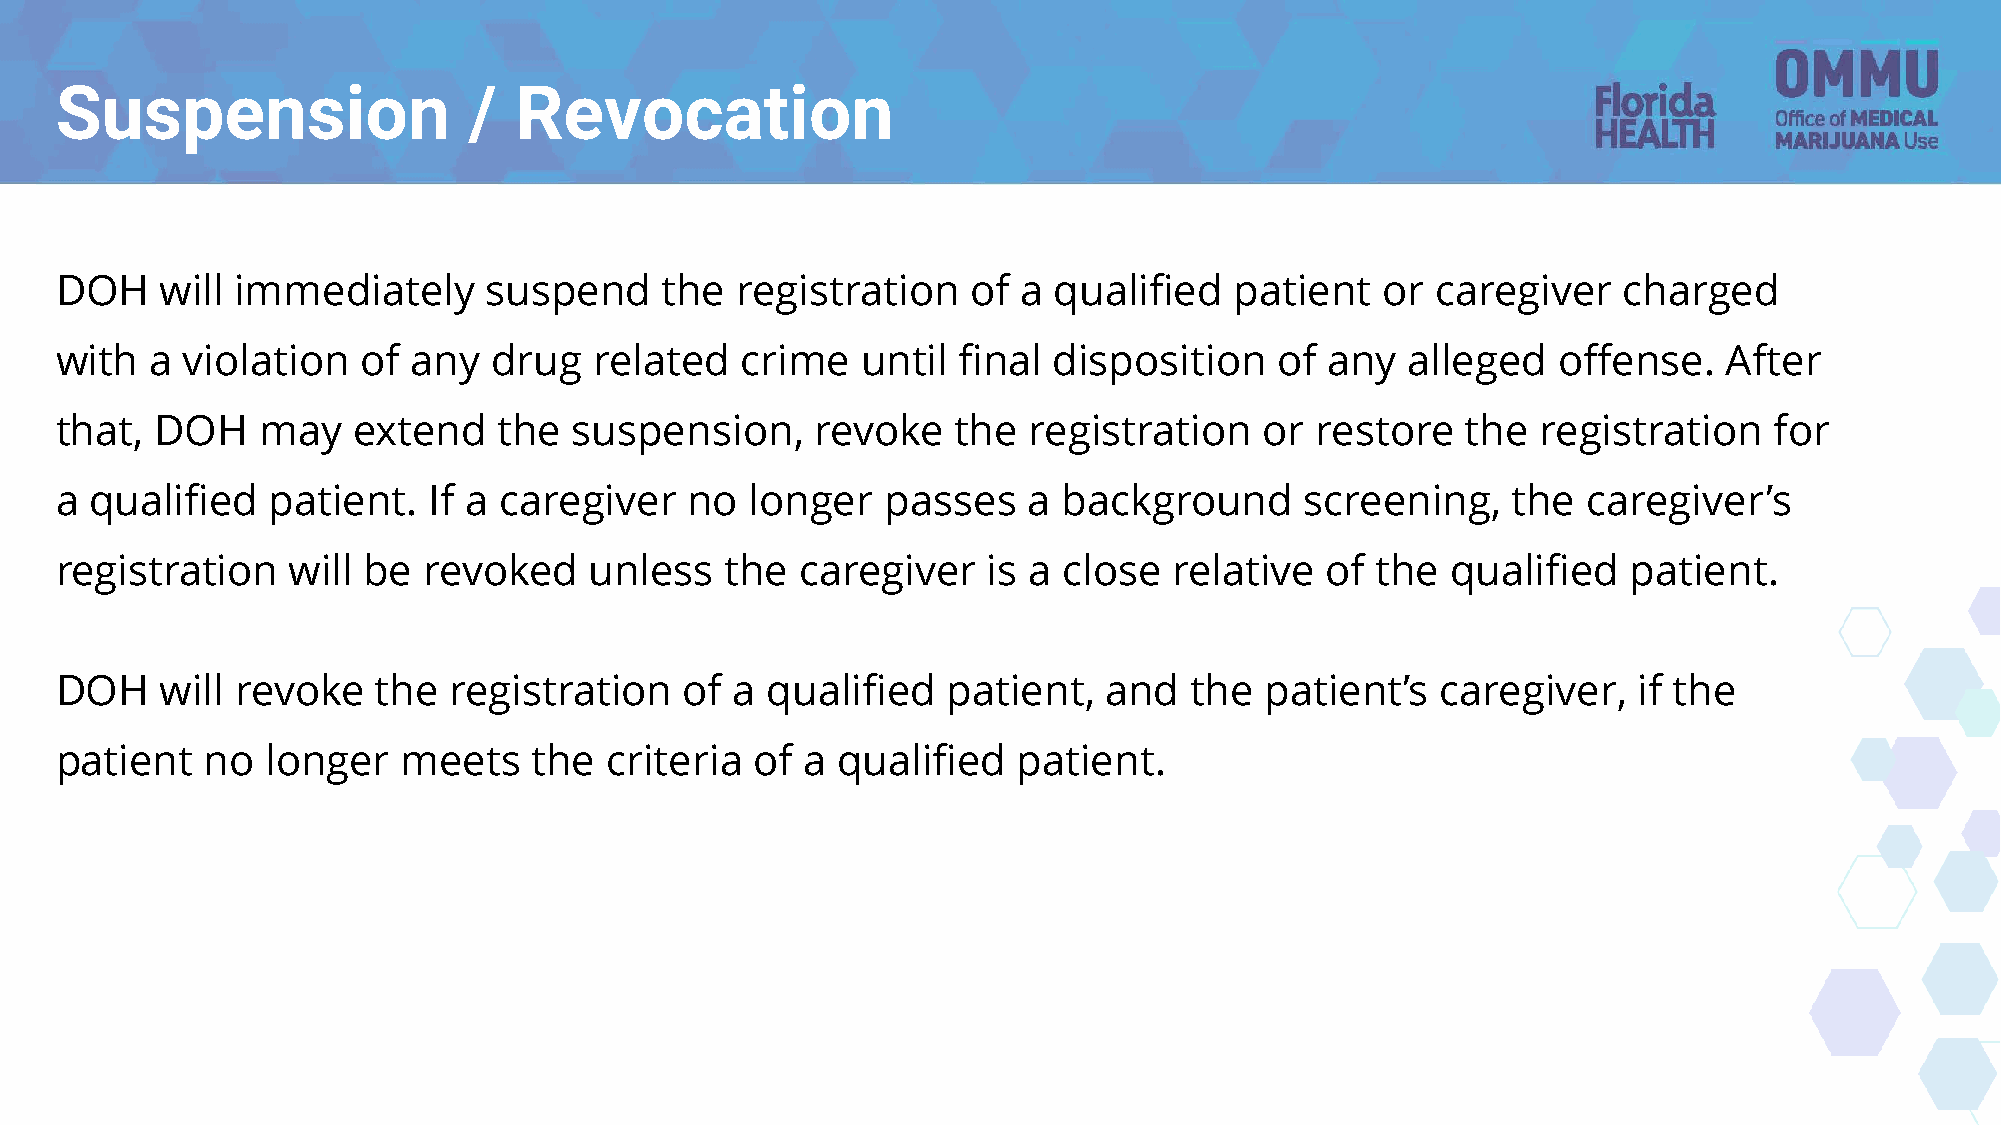
Suspension                 /  Revocation
 DOH    will immediately     suspend     the  registration   of  a qualified   patient  or  caregiver   charged
 with  a violation   of any   drug  related   crime   until final  disposition    of any  alleged   offense.   After
 that, DOH    may   extend    the  suspension,     revoke   the  registration    or restore   the  registration   for
 a qualified   patient.  If a caregiver    no  longer   passes   a background      screening,    the  caregiver’s
 registration   will be  revoked    unless   the  caregiver   is a close   relative  of the  qualified   patient.
 DOH    will revoke   the  registration   of  a qualified   patient,  and   the  patient’s  caregiver,   if the
 patient  no   longer   meets   the  criteria  of a qualified   patient.